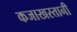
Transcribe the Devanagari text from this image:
कजाखस्तानी